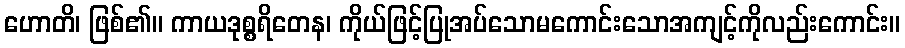
ဟောတိ၊ ဖြစ်၏။ ကာယဒုစ္စရိတေန၊ ကိုယ်ဖြင့်ပြုအပ်သောမကောင်းသောအကျင့်ကိုလည်းကောင်း။